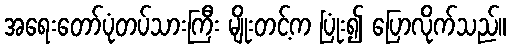
အရေးတော်ပုံတပ်သားကြီး မျိုးတင့်က ပြုံး၍ ပြောလိုက်သည်။